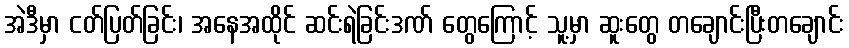
အဲဒီမှာ ငတ်ပြတ်ခြင်း၊ အနေအထိုင် ဆင်းရဲခြင်းဒဏ် တွေကြောင့် သူ့မှာ ဆူးတွေ တချောင်းပြီးတချောင်း